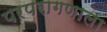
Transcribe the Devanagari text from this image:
परपरागणाला